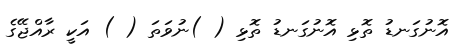
އޮނުގަނޑު ތޮޅި އޮނުގަނޑު ތޮޅި ( )ނުވަތަ ( ) އަކީ ރާއްޖޭގެ